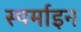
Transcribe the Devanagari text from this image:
स्पर्माइन